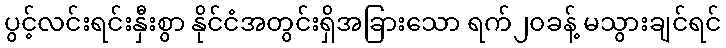
ပွင့်လင်းရင်းနှီးစွာ နိုင်ငံအတွင်းရှိအခြားသော ရက်၂၀ခန့် မသွားချင်ရင်